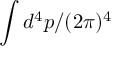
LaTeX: \int d ^ { 4 } p / ( 2 \pi ) ^ { 4 }